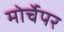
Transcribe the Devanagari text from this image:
मोर्चेपर